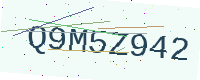
Text: Q9M5Z942